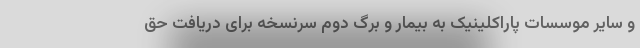
و سایر موسسات پاراکلینیک به بیمار و برگ دوم سرنسخه برای دریافت حق